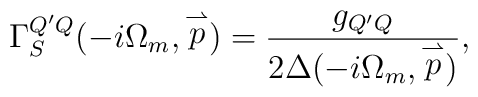
\Gamma_S^{Q'Q}(-i\Omega_m, \stackrel{\rightharpoonup}{p})=\frac{g_{Q'Q}}{2\Delta(-i\Omega_m, \stackrel{\rightharpoonup}{p})},